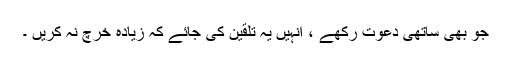
جو بھی ساتھی دعوت رکھے ، انہیں یہ تلقین کی جائے کہ زیادہ خرچ نہ کریں ۔